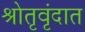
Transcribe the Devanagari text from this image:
श्रोतृवृंदात